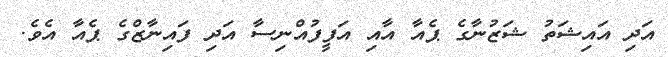
އަދި އައިޝަތު ޝަޒުނާގެ ޕެއާ އާއި އަފީފުއްނިސާ އަދި ފައިނާޒްގެ ޕެއާ އެވެ.